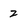
Character: 2